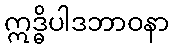
ဣဒ္ဓိပါဒဘာဝနာ